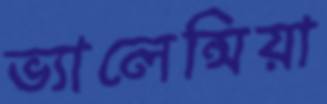
ভ্যালেন্সিয়া